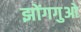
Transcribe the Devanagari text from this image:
झोंगगुओ